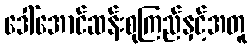
ဒေါ်အောင်ဆန်းစုကြည်နှင့်အတူ